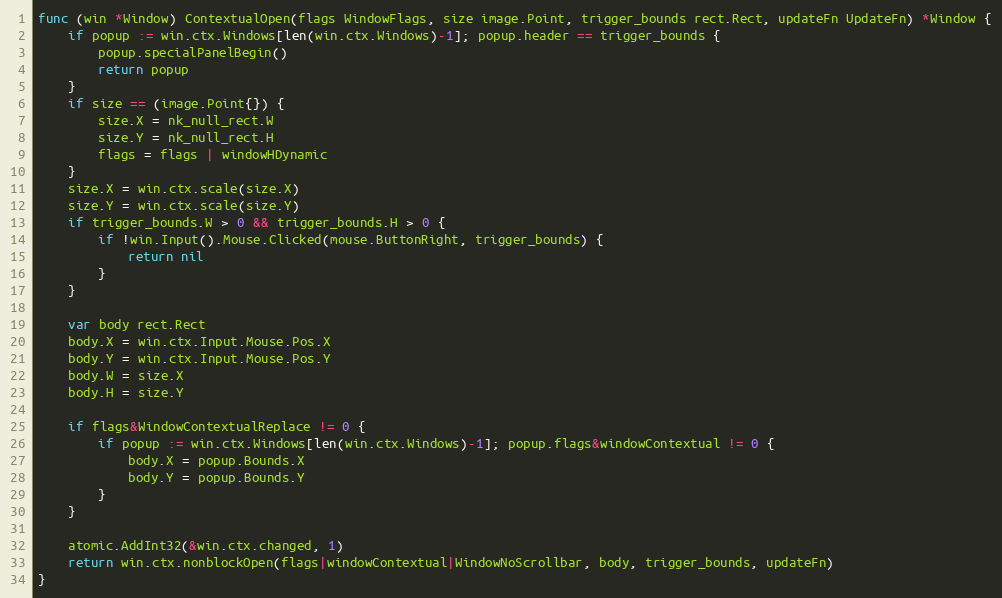
Language: Go
func (win *Window) ContextualOpen(flags WindowFlags, size image.Point, trigger_bounds rect.Rect, updateFn UpdateFn) *Window {
	if popup := win.ctx.Windows[len(win.ctx.Windows)-1]; popup.header == trigger_bounds {
		popup.specialPanelBegin()
		return popup
	}
	if size == (image.Point{}) {
		size.X = nk_null_rect.W
		size.Y = nk_null_rect.H
		flags = flags | windowHDynamic
	}
	size.X = win.ctx.scale(size.X)
	size.Y = win.ctx.scale(size.Y)
	if trigger_bounds.W > 0 && trigger_bounds.H > 0 {
		if !win.Input().Mouse.Clicked(mouse.ButtonRight, trigger_bounds) {
			return nil
		}
	}

	var body rect.Rect
	body.X = win.ctx.Input.Mouse.Pos.X
	body.Y = win.ctx.Input.Mouse.Pos.Y
	body.W = size.X
	body.H = size.Y

	if flags&WindowContextualReplace != 0 {
		if popup := win.ctx.Windows[len(win.ctx.Windows)-1]; popup.flags&windowContextual != 0 {
			body.X = popup.Bounds.X
			body.Y = popup.Bounds.Y
		}
	}

	atomic.AddInt32(&win.ctx.changed, 1)
	return win.ctx.nonblockOpen(flags|windowContextual|WindowNoScrollbar, body, trigger_bounds, updateFn)
}